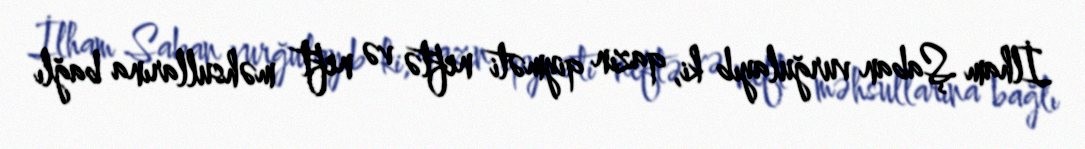
İlham Şaban vurğulayıb ki, qazın qiyməti neftə və neft məhsullarına bağlı